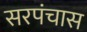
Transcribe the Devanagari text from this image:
सरपंचास